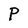
Character: P